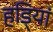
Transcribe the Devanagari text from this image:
हडि्यां